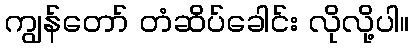
ကျွန်တော် တံဆိပ်ခေါင်း လိုလို့ပါ။